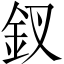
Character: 釵